Vital statistics of India. Vol. V, Reports of 1876 on armies & jails and on epidemic cholera
Year: 1876
Disease focus: Cholera
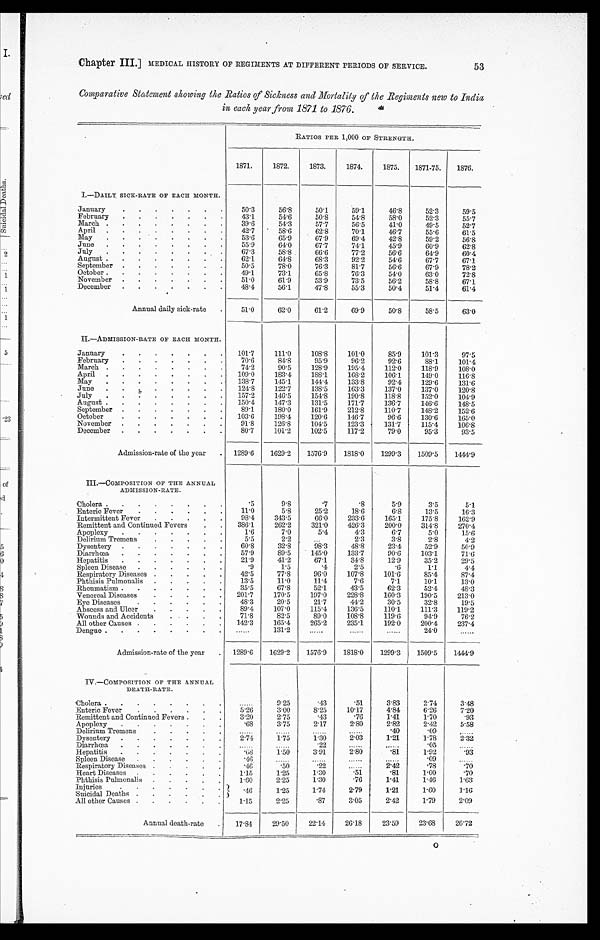
Chapter III.] MEDICAL HISTORY OF REGIMENTS AT DIFFERENT PERIODS OF SERVICE.
Comparative Statement showing the Ratios of Sickness and Mortality of the Regiments new to India
in each year from 1871 to 1876.
RATIOS PER 1,000 OF STRENGTH.
1871.
1872.
1873.
1874.
1875.
1871-75.
1876.
I.-DAILY SICK-RATE OF EACH MONTH.
January . . .
50.3
56.8
50.1
59.1
46.8
52.3
59.5
February . . .
43.1
54.6
50.8
54.8
58.0
52.3
55.7
March . . .
39.6
54.3
57.7
56.5
41.0
49.5
52.7
April
.
.
.
42.7
58.6
62.8
70.1
46.7
55.6
61.5
May
.
.
.
53.6
65.9
67.9
69.4
42.8
59.2
56.8
June
.
.
.
55.9
64.0
67.7
74.1
45.9
60.9
62.8
July
.
.
.
67.3
58.8
66.6
77.2
56.6
64.9
60.4
August . . .
62.1
64.8
68.3
92.2
54.6
67.7
67.1
September . . .
50.5
78.0
76.3
81.7
56.6
67.9
78.2
October . . .
49.1
73.1
65.8
76.3
54.0
63.0
72.8
November . . .
51.0
61.9
53.9
73.5
56.2
58.8
67.1
December . . .
48.4
56.1
47.8
55.3
50.4
51.4
61.4
Annual daily sick-rate . . .
51.0
62.0
61.2
69.9
50.8
58.5
63.0
II.—ADMISSION-RATE OF EACH MONTH.
January . . .
101.7
111.0
108.8
101.0
85.9
101.3
97.5
February . . .
70.6
84.8
95.9
96.2
92.6
88.1
101.4
March . . .
74.2
90.5
128.9
195.4
112.0
118.9
108.0
April
.
.
.
109.0
183.4
188.1
168.2
106.1
149.0
116.8
May . . .
138.7
145.1
144.4
133.8
92.4
129.6
131.6
June
.
.
.
124.8
122.7
138.5
163.3
137.0
137.0
120.8
July
.
.
.
157.2
146.5
154.8
190.8
118.8
152.0
104.9
August . . .
150.4
147.3
131.5
171.7
136.7
146.6
148.5
September . . .
89.1
180.0
161.9
212.8
110.7
148.2
152.6
October . . .
103.6
198.4
120.6
146.7
96.6
130.6
165.0
November . . .
91.8
126.8
104.5
123.3
131.7
115.4
106.8
December . . .
80.7
101.2
102.5
117.2
79.0
95.3
93.5
Admission-rate of the year . . .
1289.6
1629.2
1576.9
1818.0
1299.3
1509.5
1444.9
III.—COMPOSITION OF THE ANNUAL
ADMISSION-RATE.
Cholera . . .
.5
9.8
.7
.8
5.9
3.5
5.1
Enteric Fever . . .
11.0
5.8
25.2
18.6
6.8
13.5
16.3
Intermittent Fever . . .
98.4
343.5
66.0
233.6
165.1
175.8
162.9
Remittent and Continued Fevers . . .
386.1
262.2
321.0
426.3
200.0
314.8
270.4
Apoplexy . . .
1.6
7.0
5.4
4.3
6.7
5.0
15.6
Delirium Tremens . . .
5.5
2.2 . . .
2.3
3.8
2.8
4.2
Dysentery . . .
60.8
32.8
98.3
48.8
23.4
52.9
50.9
Diarrhœa . . .
57.9
89.5
145.0
133.7
90.6
103.1
71.6
Hepatitis . . .
21.9
41.2
67.1
34.8
12.9
35.2
29.5
Spleen Disease . . .
.9
1.5
.4
2.5
. 6
1.1
4.4
Respiratory Diseases . . .
42.5
77.8
96.0
107.8
101.6
85.4
87.4
Phthisis Pulmonalis . . .
13.5
11.0
11.4
7.6
7.1
10.1
13.0
Rheumatism . . .
35.5
67.8
52.1
43.5
62.3
52.4
48.3
Venereal Diseases . . .
201.7
170.5
197.0
228.8
160.3
190.5
213.0
Eye Diseases . . .
48.3
20.5
21.7
44.2
30.5
32.8
19.5
Abscess and Ulcer . . .
89.4
107.0
115.4
136.5
110.1
111.3
119.2
Wounds and Accidents . . .
71.8
82.5
89.0
108.8
119.6
94.9
76.2
All other Causes . . .
142.3
165.4
265.2
235.1
192.0
200.4
237.4
Dengue . . .
. . .
131.2
. . .
. . .
. . .
24.0
. . .
Admission-rate of the year . . .
1289.6
1629.2
1576.9
1818.0
1299.3
1509.5
1444.9
IV.—COMPOSITION OF THE ANNUAL
DEATH-RATE.
Cholera . . .
. . .
9.25
.43
.51
3.83
2.74
3.48
Enteric Fever . . .
5.26
3.00
8.25
10.17
4.84
6.26
7.20
Remittent and Continued Fevers . . .
3.20
2.75
.43
.76
1.41
1.70
.93
Apoplexy . . .
.68
3.75
2.17
2.80
2.82
2.42
5.58
Delirium Tremens . . .
. . .
. . .
. . .
. . .
.40
.09
. . .
Dysentery . . .
2.74
1 . 7 5
1 . 3 0
2 . 0 3
1.21
1.78
2. 32
Diarrhœa . . .
. . .
. . .
.22
. . .
. . .
.05
. . .
Hepatitis . . .
.68
1.50
3.91
2.80
.81
1.92
.93
Spleen Disease . . .
.46
. . .
. . .
. . .
. . .
.09
. . .
Respiratory Diseases . . .
.46
.50
.22
. . .
2.42
.78
.70
1.15
1.25
1.30
.51
.81
1.00
.70
Heart Diseases . . .
Phthisis Pulmonalis . . .
1.60
2.25
1.30
.76
1.41
1.46
1.63
Injuries . . .
.46
1.25
1.74
2.79
1.21
1.60
1.16
Suicidal Deaths . . .
1.15
2.25
.87
3.05
2.42
1.79
2.09
All other Causes . . .
Annual death-rate . . .
17.84
29.50
22.14
26.18
23.59
23.68
26.72
53
0